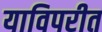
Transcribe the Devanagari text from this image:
याविपरीत